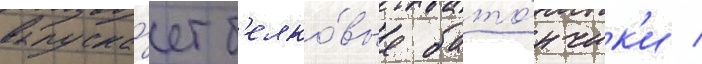
выпуска́ет б'елко́вые бато́нчик'и /